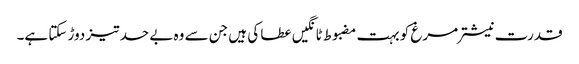
قدرت نیشتر مرغ کو بہت مضبوط ٹانگیں عطا کی ہیں جن سے وہ بے حد تیز دوڑ سکتا ہے۔